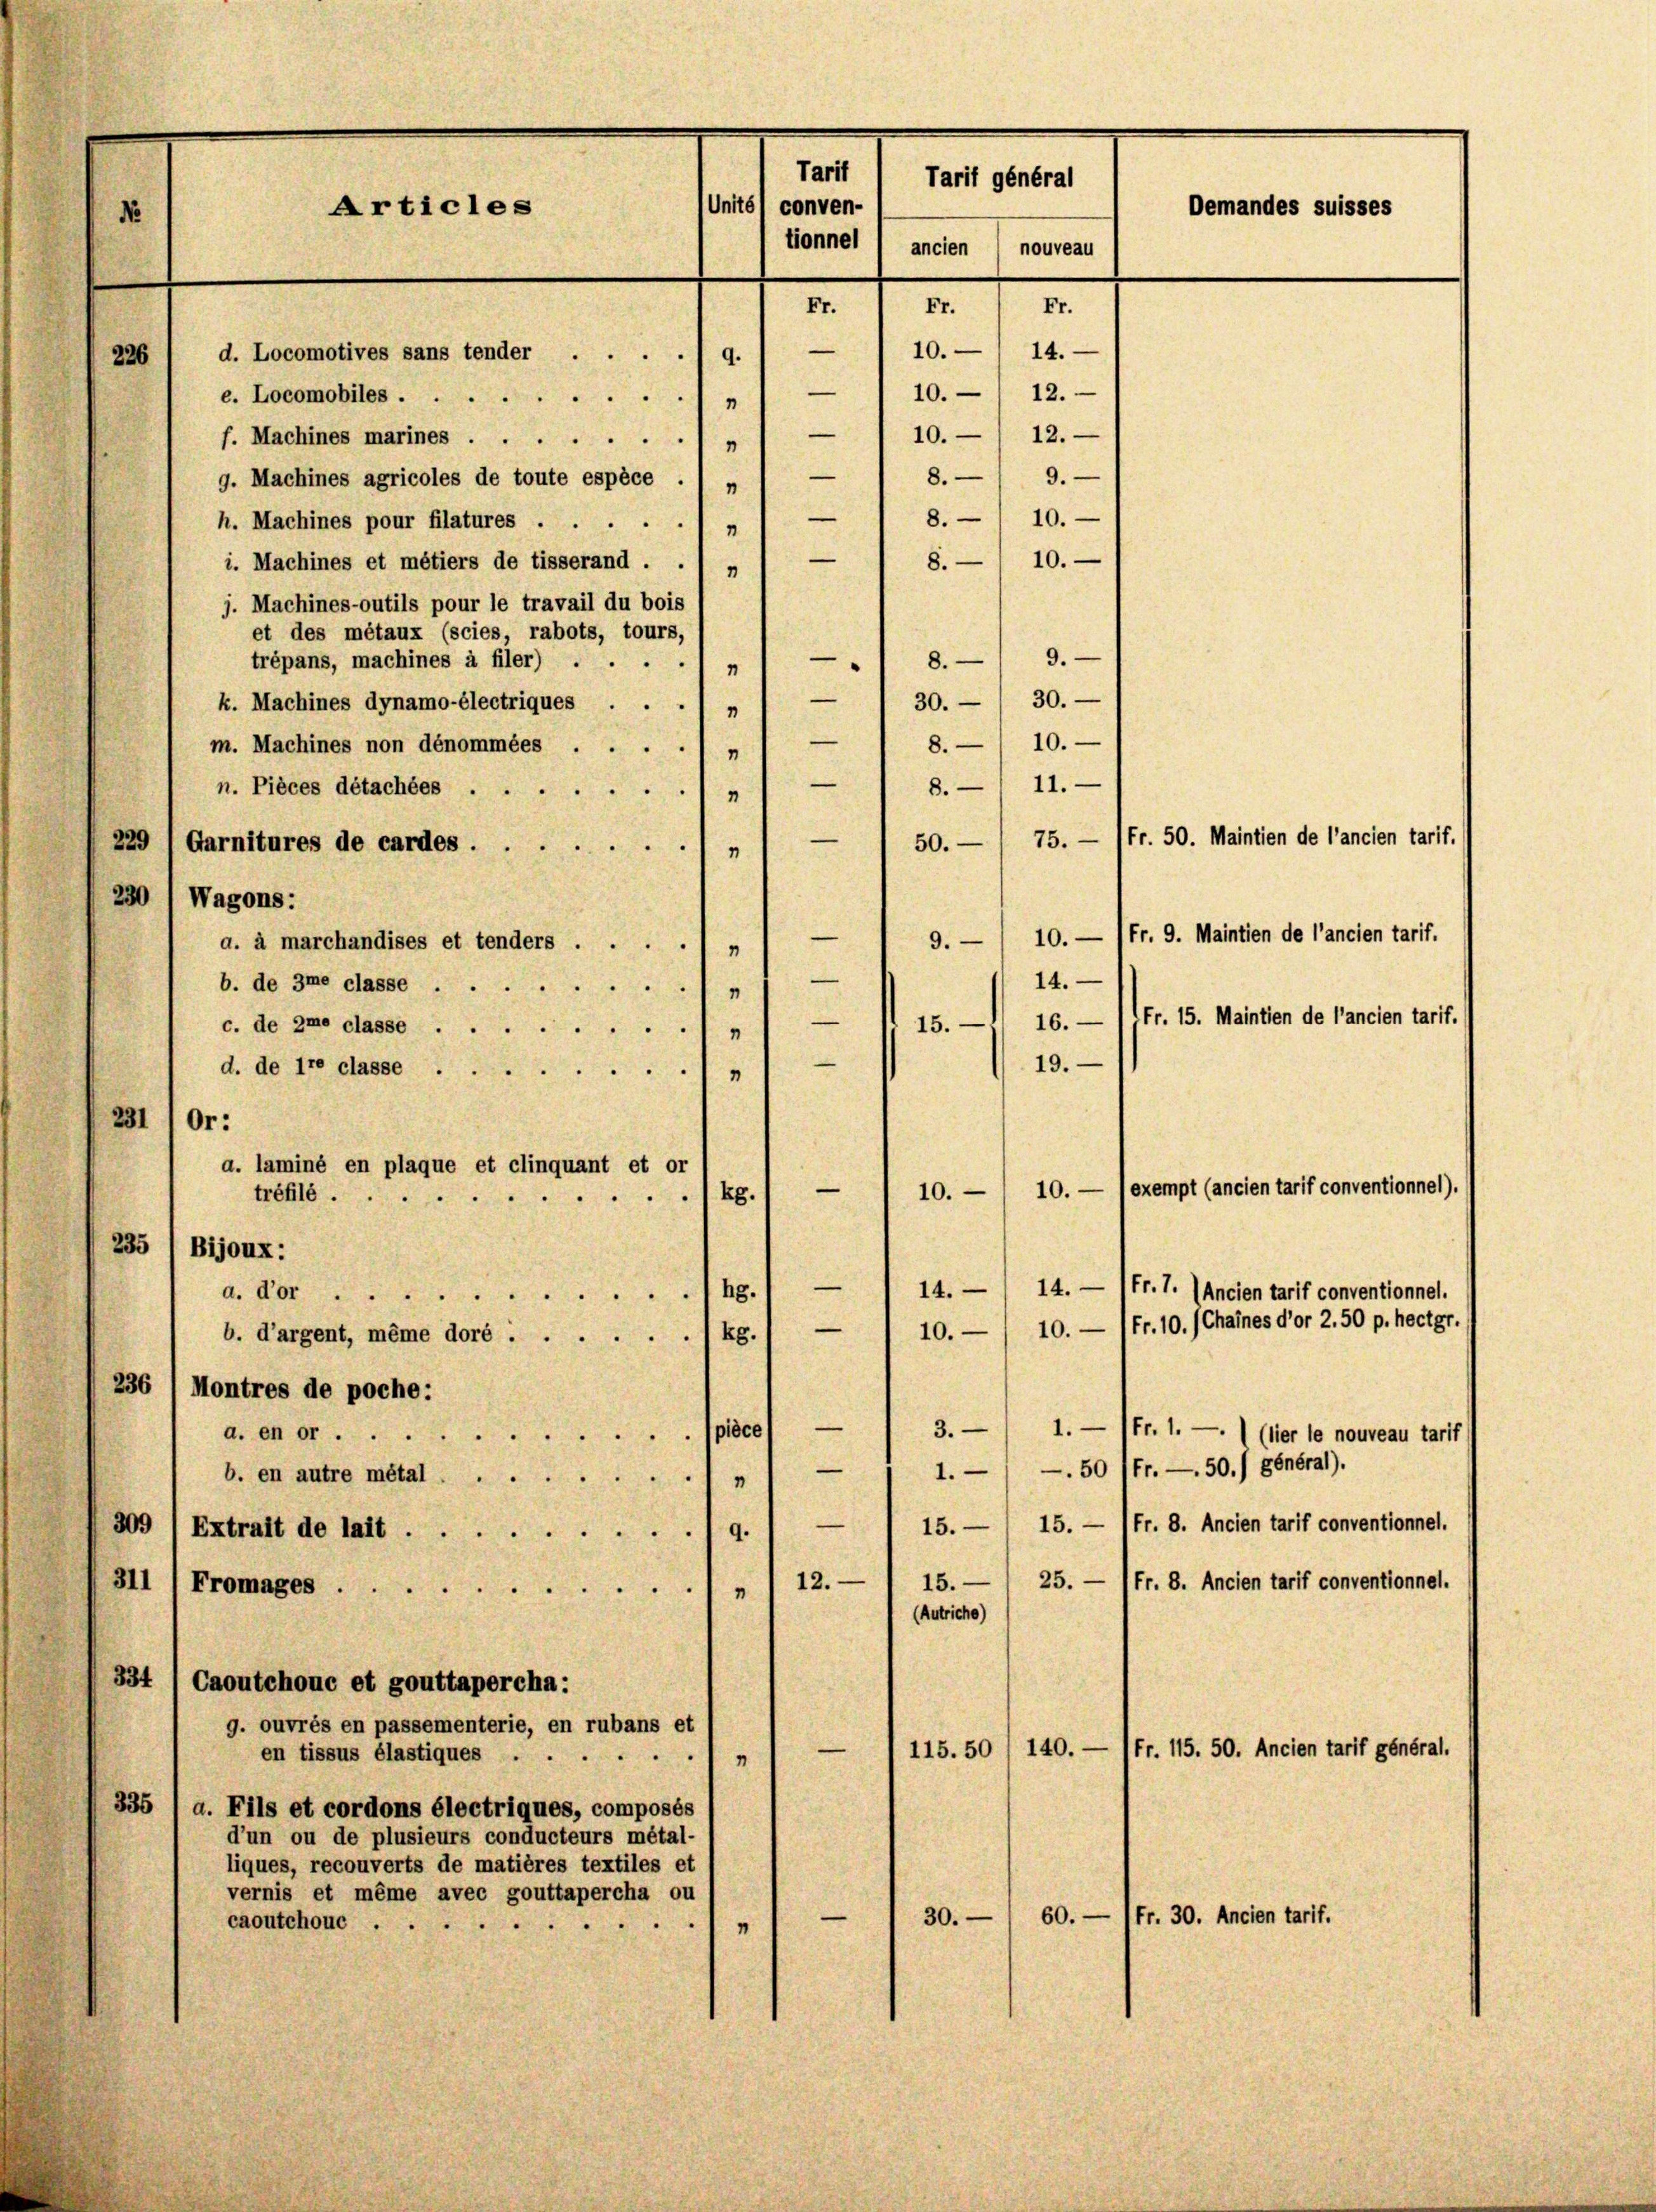
Tarif
Tarif général
Unité conven-
Articles
Demandes suisses
No
tonnel ancien
nouveau
Fr.
Fr.
.

226 ( d. Locomotives sans tender .... q. / — ) 10. 14.
— 1 10. 12.
e. Locomobiles ...
1
—10./12.
f. Machines marines
 8. 9.
9. Machines agricoles de toute espèce .
2
—
8. 10.
h. Machines pour filatures
8.10.
i. Machines et métiers de tisserand . . „ 1 —
j. Machines-outils pour le travail du bois
et des métaux (scies, rabots, tours,
trépans, machines à filer) .
83
k. Machines dynamo-électriques . . . „ / — / 30. 30.
8.10.
m. Machines non dénommées
0
8-11.-
n. Pièces détachées ...
"
229 (Garnitures de cardes
"
230 Wagons:
9.
a. à marchandises et tenders .....
—
14.
b. de 3me classe
—
c. de ne classe
15.
19.
d. de tre classe,
231
Or:
a. laminé en plaque et clinquant et or
—
exempt (ancien tarif conventionnel).
10.
10.
tréfilé.
1kg.
235
Bijoux:
/hg.1 — / 14. / 14. — 1fr. 7. (Ancien tarif conventionnel.
a. dor
b. d’argent, même doré ./ kg.) — ) 10.— / 10. — (fr. 10./Chaines d’or 2.50 p. hectgr.
236 (Montres de poche:
a. en erspièce — / 3.— / 1. — (fr. 1. —.) (hier le nouveau tarif
—50 Fr. — 50./ général).
—
1.
b. en autre métal,
—
15. — 1 Fr. 8. Ancien tarif conventionnel.
15.
309 (Extrait de lait 9.
12.
15.— / 25. — 1fr. 8. Ancien tarif conventionnel.
311 1 Fromages
(Autriche)
334 / Caoutchouc et gouttapercha:
g. ouvrés en passementerie, en rubans et
—
(fr. 115. 50. Ancien tarif général.
115. 50 (140.
en tissus élastiques.
"
335 ( a. Fils et cordons électriques, composés
d’un ou de plusieurs conducteurs métal-
liques, recouverts de matières textiles et
vernis et même avec gouttapercha ou
—
60. — 1fr. 30. Ancien tarif.
30.
caoutchouc
“

50.— / 75. — (Fr. 50. Maintien de l’ancien tarif.
10. — Fr. 9. Maintien de l’ancien tarif.
16. — 1 Fr. 15. Maintien de l’ancien tarif.